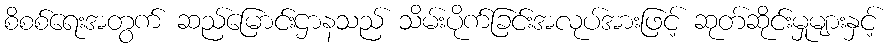
စိစစ်ရေးအတွက် ဆည်မြောင်းဌာနသည် သိမ်းပိုက်ခြင်းအလုပ်အားဖြင့် ဆုတ်ဆိုင်းမှုများနှင့်